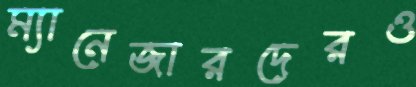
ম্যানেজারদেরও